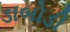
ડાબોડી